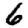
Digit: 6